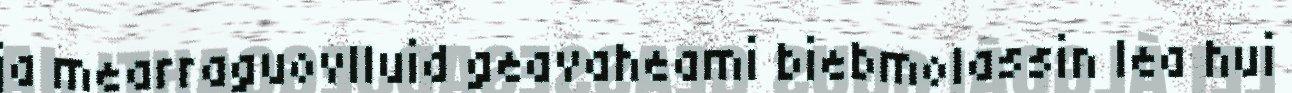
ja mearraguovlluid geavaheami biebmolassin lea hui